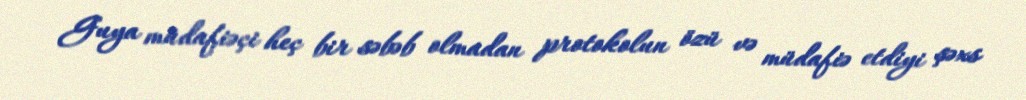
Guya müdafiəçi heç bir səbəb olmadan protokolun özü və müdafiə etdiyi şəxs